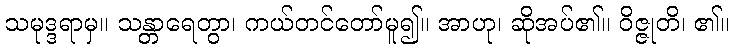
သမုဒ္ဒရာမှ။ သန္တာရေတွာ၊ ကယ်တင်တော်မူ၍။ အာဟု၊ ဆိုအပ်၏။ ဝိဇ္ဇုတိ၊ ၏။